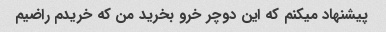
پیشنهاد میکنم که این دوچر خرو بخرید من که خریدم راضیم